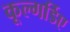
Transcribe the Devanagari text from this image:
कूल्गर्डिए